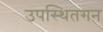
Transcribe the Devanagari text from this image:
उपस्थितगन